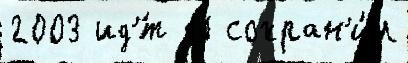
2003 ид'́т 11 сохран'и́л